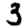
Digit: 3